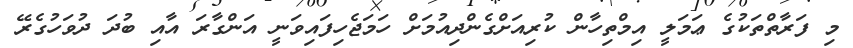
މި ފަރާތްތަކުގެ ޢަމަލީ އިމްތިހާން ކުރިއަށްގެންދިއުމަށް ހަމަޖެހިފައިވަނީ އަންގާރަ އާއި ބުދަ ދުވަހުގެރޭ